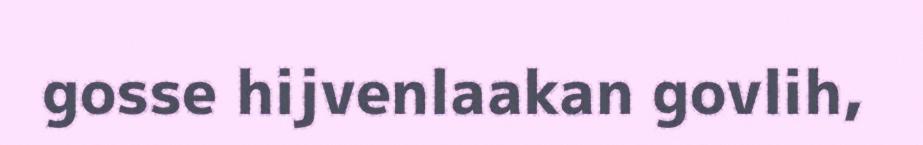
gosse hijvenlaakan govlih,